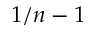
1 / n - 1